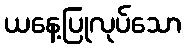
ယနေ့ပြုလုပ်သော